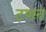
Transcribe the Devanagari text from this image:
टणन